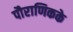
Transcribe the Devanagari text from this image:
पौराणिकके